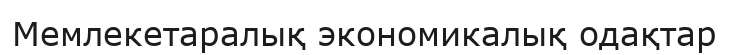
Мемлекетаралық экономикалық одақтар